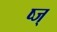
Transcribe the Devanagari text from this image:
ष्ज्